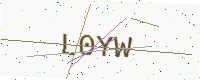
Text: L0YW